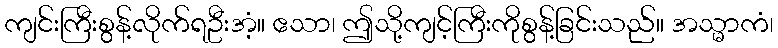
ကျင်းကြီးစွန့်လိုက်ရဦးအံ့။ ဧသာ၊ ဤသို့ကျင့်ကြီးကိုစွန့်ခြင်းသည်။ အသ္မာကံ၊